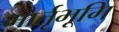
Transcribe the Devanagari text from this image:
मार्तृभूमि